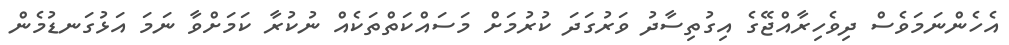
އެހެންނަމަވެސް ދިވެހިރާއްޖޭގެ އިގުތިސާދު ވަރުގަދަ ކުރުމަށް މަސައްކަތްތަކެއް ނުކުރާ ކަމަށްވާ ނަމަ އަޅުގަނޑުމެން